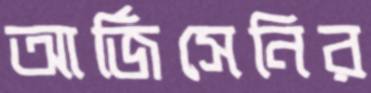
আর্জিসেনির